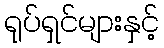
ရုပ်ရှင်များနှင့်